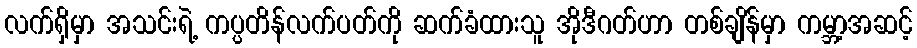
လက်ရှိမှာ အသင်းရဲ့ ကပ္ပတိန်လက်ပတ်ကို ဆက်ခံထားသူ အိုဒီဂတ်ဟာ တစ်ချိန်မှာ ကမ္ဘာ့အဆင့်